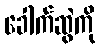
ခေါက်ဆွဲကို